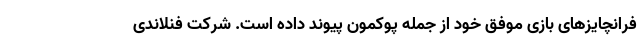
فرانچایزهای بازی موفق خود از جمله پوکمون پیوند داده است. شرکت فنلاندی